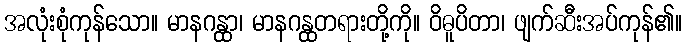
အလုံးစုံကုန်သော။ မာနဂန္ထာ၊ မာနဂန္ထတရားတို့ကို။ ဝိဓူပိတာ၊ ဖျက်ဆီးအပ်ကုန်၏။